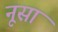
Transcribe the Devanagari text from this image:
नूसा